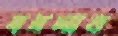
বদলান